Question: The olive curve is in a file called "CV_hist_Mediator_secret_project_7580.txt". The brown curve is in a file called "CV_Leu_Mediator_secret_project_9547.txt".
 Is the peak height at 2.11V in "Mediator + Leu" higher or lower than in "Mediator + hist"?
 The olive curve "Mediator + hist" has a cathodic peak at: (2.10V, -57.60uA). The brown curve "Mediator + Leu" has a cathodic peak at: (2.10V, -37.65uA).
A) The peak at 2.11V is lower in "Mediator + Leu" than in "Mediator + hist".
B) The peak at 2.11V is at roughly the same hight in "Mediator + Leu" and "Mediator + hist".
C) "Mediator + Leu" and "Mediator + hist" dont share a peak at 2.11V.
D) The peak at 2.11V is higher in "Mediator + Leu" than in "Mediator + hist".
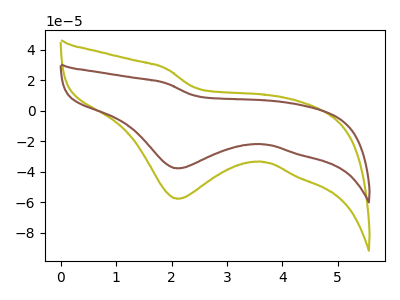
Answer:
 <answer>A) The peak at 2.11V is lower in "Mediator + Leu" than in "Mediator + hist".</answer>
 <eval>A</eval>